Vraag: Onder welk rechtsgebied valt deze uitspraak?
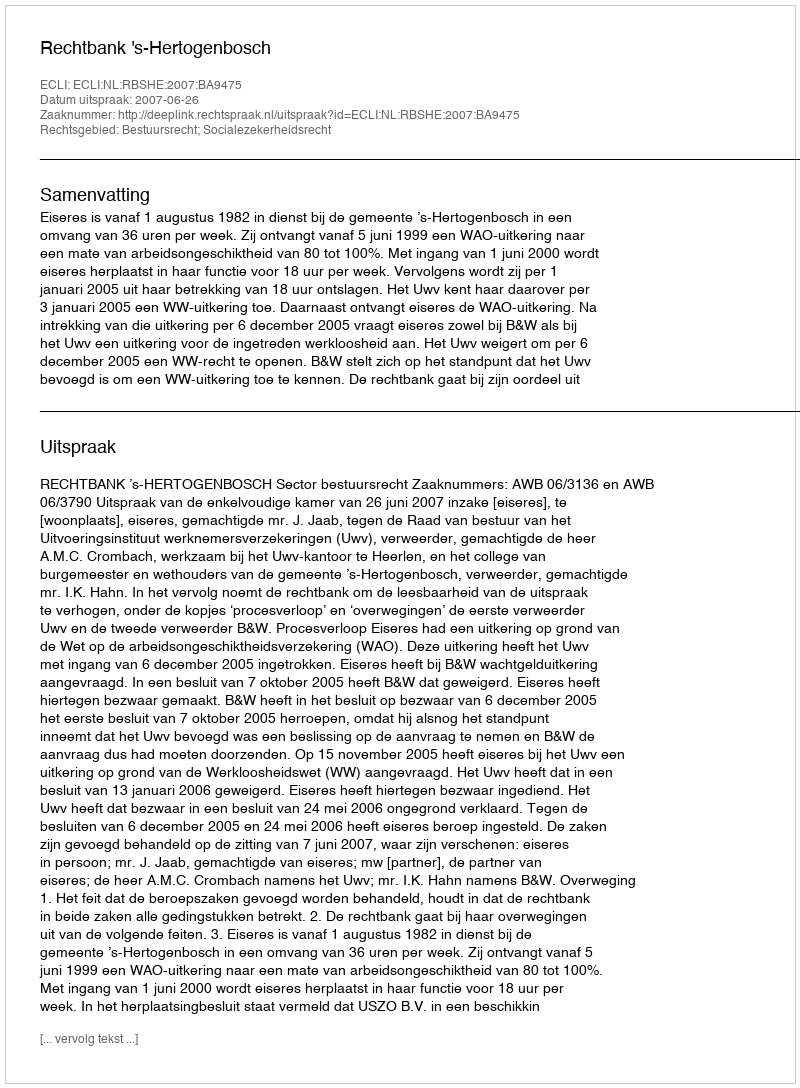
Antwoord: Bestuursrecht; Socialezekerheidsrecht